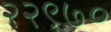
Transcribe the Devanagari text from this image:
२२९७०